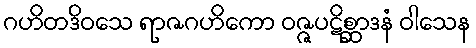
ဂဟိတဒိဝသေ ရာဇဂဟိကော ဝဇ္ဇပဋိစ္ဆာဒနံ ဝါသေန